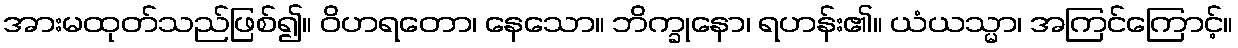
အားမထုတ်သည်ဖြစ်၍။ ဝိဟရတော၊ နေသော။ ဘိက္ခုနော၊ ရဟန်း၏။ ယံယသ္မာ၊ အကြင်ကြောင့်။